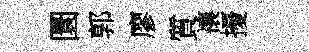
圜郭廖質禳擾